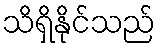
သိရှိနိုင်သည်